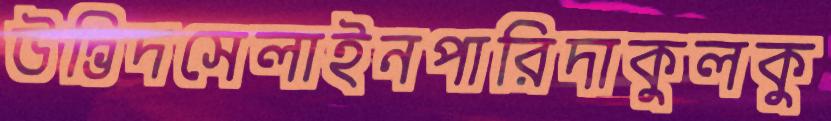
উদ্ভিদসেলাইনপারিদাকুলকু